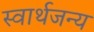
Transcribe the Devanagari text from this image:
स्वार्थजन्य